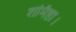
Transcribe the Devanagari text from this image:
शर्मिष्ठा।